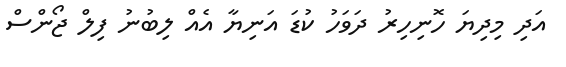
އަދި މިދިޔަ ހޮނިހިރު ދަވަހު ކުޑަ އަނިޔާ އެއް ލިބުނު ފިލް ޖޯންސް